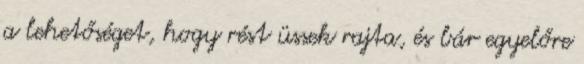
a lehetőséget, hogy rést üssek rajta, és bár egyelőre